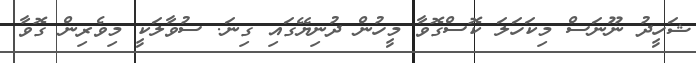
ޝަހީދު ނޫނަސް މިކަހަލަ ކޮސްގޮވާ މީހުން ދުނިޔޭގައި ގިނަ. ސުވާލަކީ މިވެރިން ގޮވާ